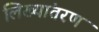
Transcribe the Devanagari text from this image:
लिख्यांतरण